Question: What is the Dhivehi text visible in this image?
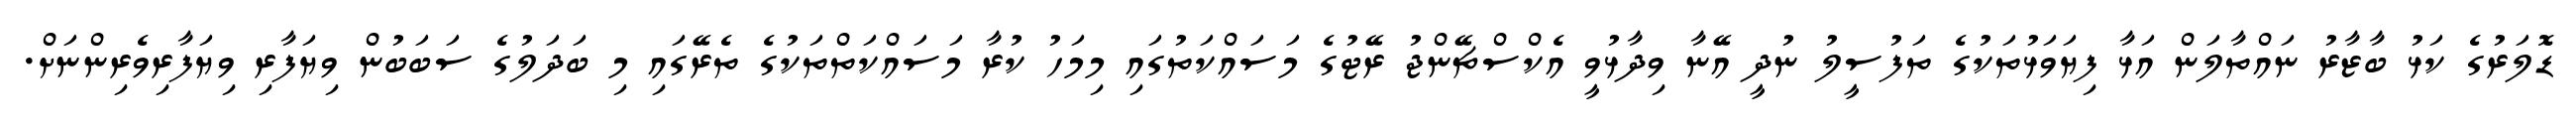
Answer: ޑޮލަރުގެ ކަޅު ބާޒާރު ނައްތާލަން އަޅާ ފިޔަވަޅުތަކުގެ ތަފުސީލު ނުދީ އޭނާ ވިދާޅުވީ އެކްސްޗޭންޖު ރޭޓުގެ މަސައްކަތުގައި މިމަހު ކުރާ މަސައްކަތްތަކުގެ ތެރޭގައި މި ބަދަލުގެ ސަބަބުން ވިޔަފާރި ވިޔަފާރިވެރިންނަށް.